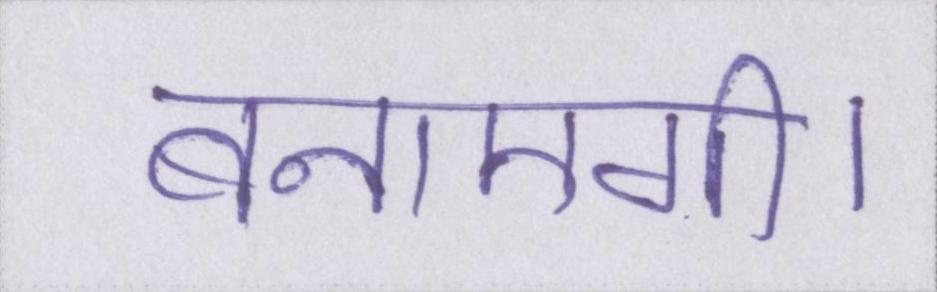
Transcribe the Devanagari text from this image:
बनाएगी।